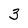
Character: 3